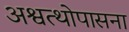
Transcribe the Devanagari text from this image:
अश्वत्थोपासना